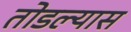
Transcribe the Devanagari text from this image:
तोडल्यास